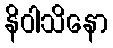
နိဝါသိနော